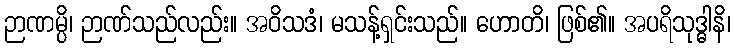
ဉာဏမ္ပိ၊ ဉာဏ်သည်လည်း။ အဝိသဒံ၊ မသန့်ရှင်းသည်။ ဟောတိ၊ ဖြစ်၏။ အပရိသုဒ္ဓါနိ၊